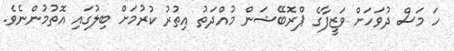
ހަ މަސް ދުވަހަށް ވަޒީފާގެ ޕްރޮބޭޝަން މުއްދަތު އިތުރު ކުރުމަށް ބިލުގައި އޮތުމުންނެވެ.